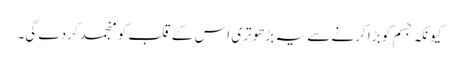
کیونکہ جسم کو بڑا کرنے سے یہ بڑھوتری اس کے قلب کو منجمد کردے گی۔